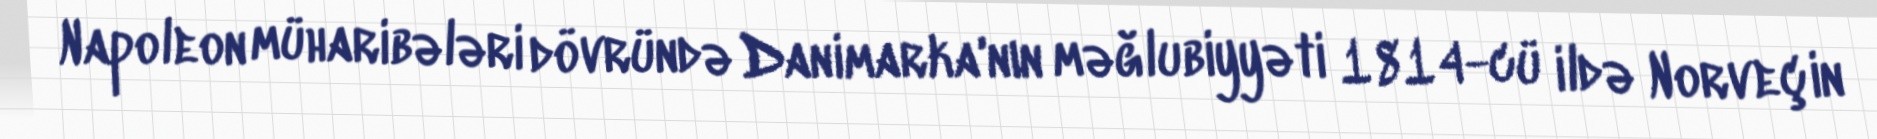
Napoleon müharibələri dövründə Danimarka'nın məğlubiyyəti 1814-cü ildə Norveçin